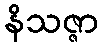
နိသဇ္ဇာ